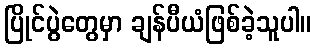
ပြိုင်ပွဲတွေမှာ ချန်ပီယံဖြစ်ခဲ့သူပါ။